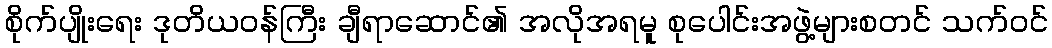
စိုက်ပျိုးရေး ဒုတိယဝန်ကြီး ချီရာဆောင်၏ အလိုအရမူ စုပေါင်းအဖွဲ့များစတင် သက်ဝင်